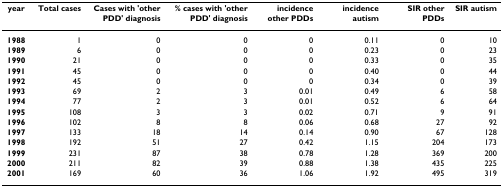
<table><thead><tr><td><b>year</b></td><td><b>Total cases</b></td><td><b>Cases with &#x27;other PDD&#x27; diagnosis</b></td><td><b>% cases with &#x27;other PDD&#x27; diagnosis</b></td><td><b>incidence other PDDs</b></td><td><b>incidence autism</b></td><td><b>SIR other PDDs</b></td><td><b>SIR autism</b></td></tr></thead><tbody><tr><td><b>1988</b></td><td>1</td><td>0</td><td>0</td><td>0</td><td>0.11</td><td>0</td><td>10</td></tr><tr><td><b>1989</b></td><td>6</td><td>0</td><td>0</td><td>0</td><td>0.23</td><td>0</td><td>23</td></tr><tr><td><b>1990</b></td><td>21</td><td>0</td><td>0</td><td>0</td><td>0.33</td><td>0</td><td>35</td></tr><tr><td><b>1991</b></td><td>45</td><td>0</td><td>0</td><td>0</td><td>0.40</td><td>0</td><td>44</td></tr><tr><td><b>1992</b></td><td>45</td><td>0</td><td>0</td><td>0</td><td>0.34</td><td>0</td><td>39</td></tr><tr><td><b>1993</b></td><td>69</td><td>2</td><td>3</td><td>0.01</td><td>0.49</td><td>6</td><td>58</td></tr><tr><td><b>1994</b></td><td>77</td><td>2</td><td>3</td><td>0.01</td><td>0.52</td><td>6</td><td>64</td></tr><tr><td><b>1995</b></td><td>108</td><td>3</td><td>3</td><td>0.02</td><td>0.71</td><td>9</td><td>91</td></tr><tr><td><b>1996</b></td><td>102</td><td>8</td><td>8</td><td>0.06</td><td>0.68</td><td>27</td><td>92</td></tr><tr><td><b>1997</b></td><td>133</td><td>18</td><td>14</td><td>0.14</td><td>0.90</td><td>67</td><td>128</td></tr><tr><td><b>1998</b></td><td>192</td><td>51</td><td>27</td><td>0.42</td><td>1.15</td><td>204</td><td>173</td></tr><tr><td><b>1999</b></td><td>231</td><td>87</td><td>38</td><td>0.78</td><td>1.28</td><td>369</td><td>200</td></tr><tr><td><b>2000</b></td><td>211</td><td>82</td><td>39</td><td>0.88</td><td>1.38</td><td>435</td><td>225</td></tr><tr><td><b>2001</b></td><td>169</td><td>60</td><td>36</td><td>1.06</td><td>1.92</td><td>495</td><td>319</td></tr></tbody></table>